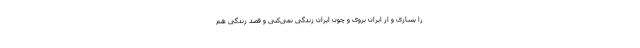
را بسازی و از ایران بروی و چون ایران زندگی نمی‌کنی و قصد زندگی هم